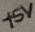
Text: +5V